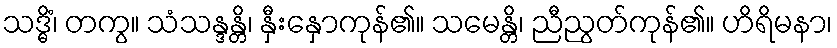
သဒ္ဓိံ၊ တကွ။ သံသန္ဒန္တိ၊ နှီးနှောကုန်၏။ သမေန္တိ၊ ညီညွတ်ကုန်၏။ ဟိရိမနာ၊